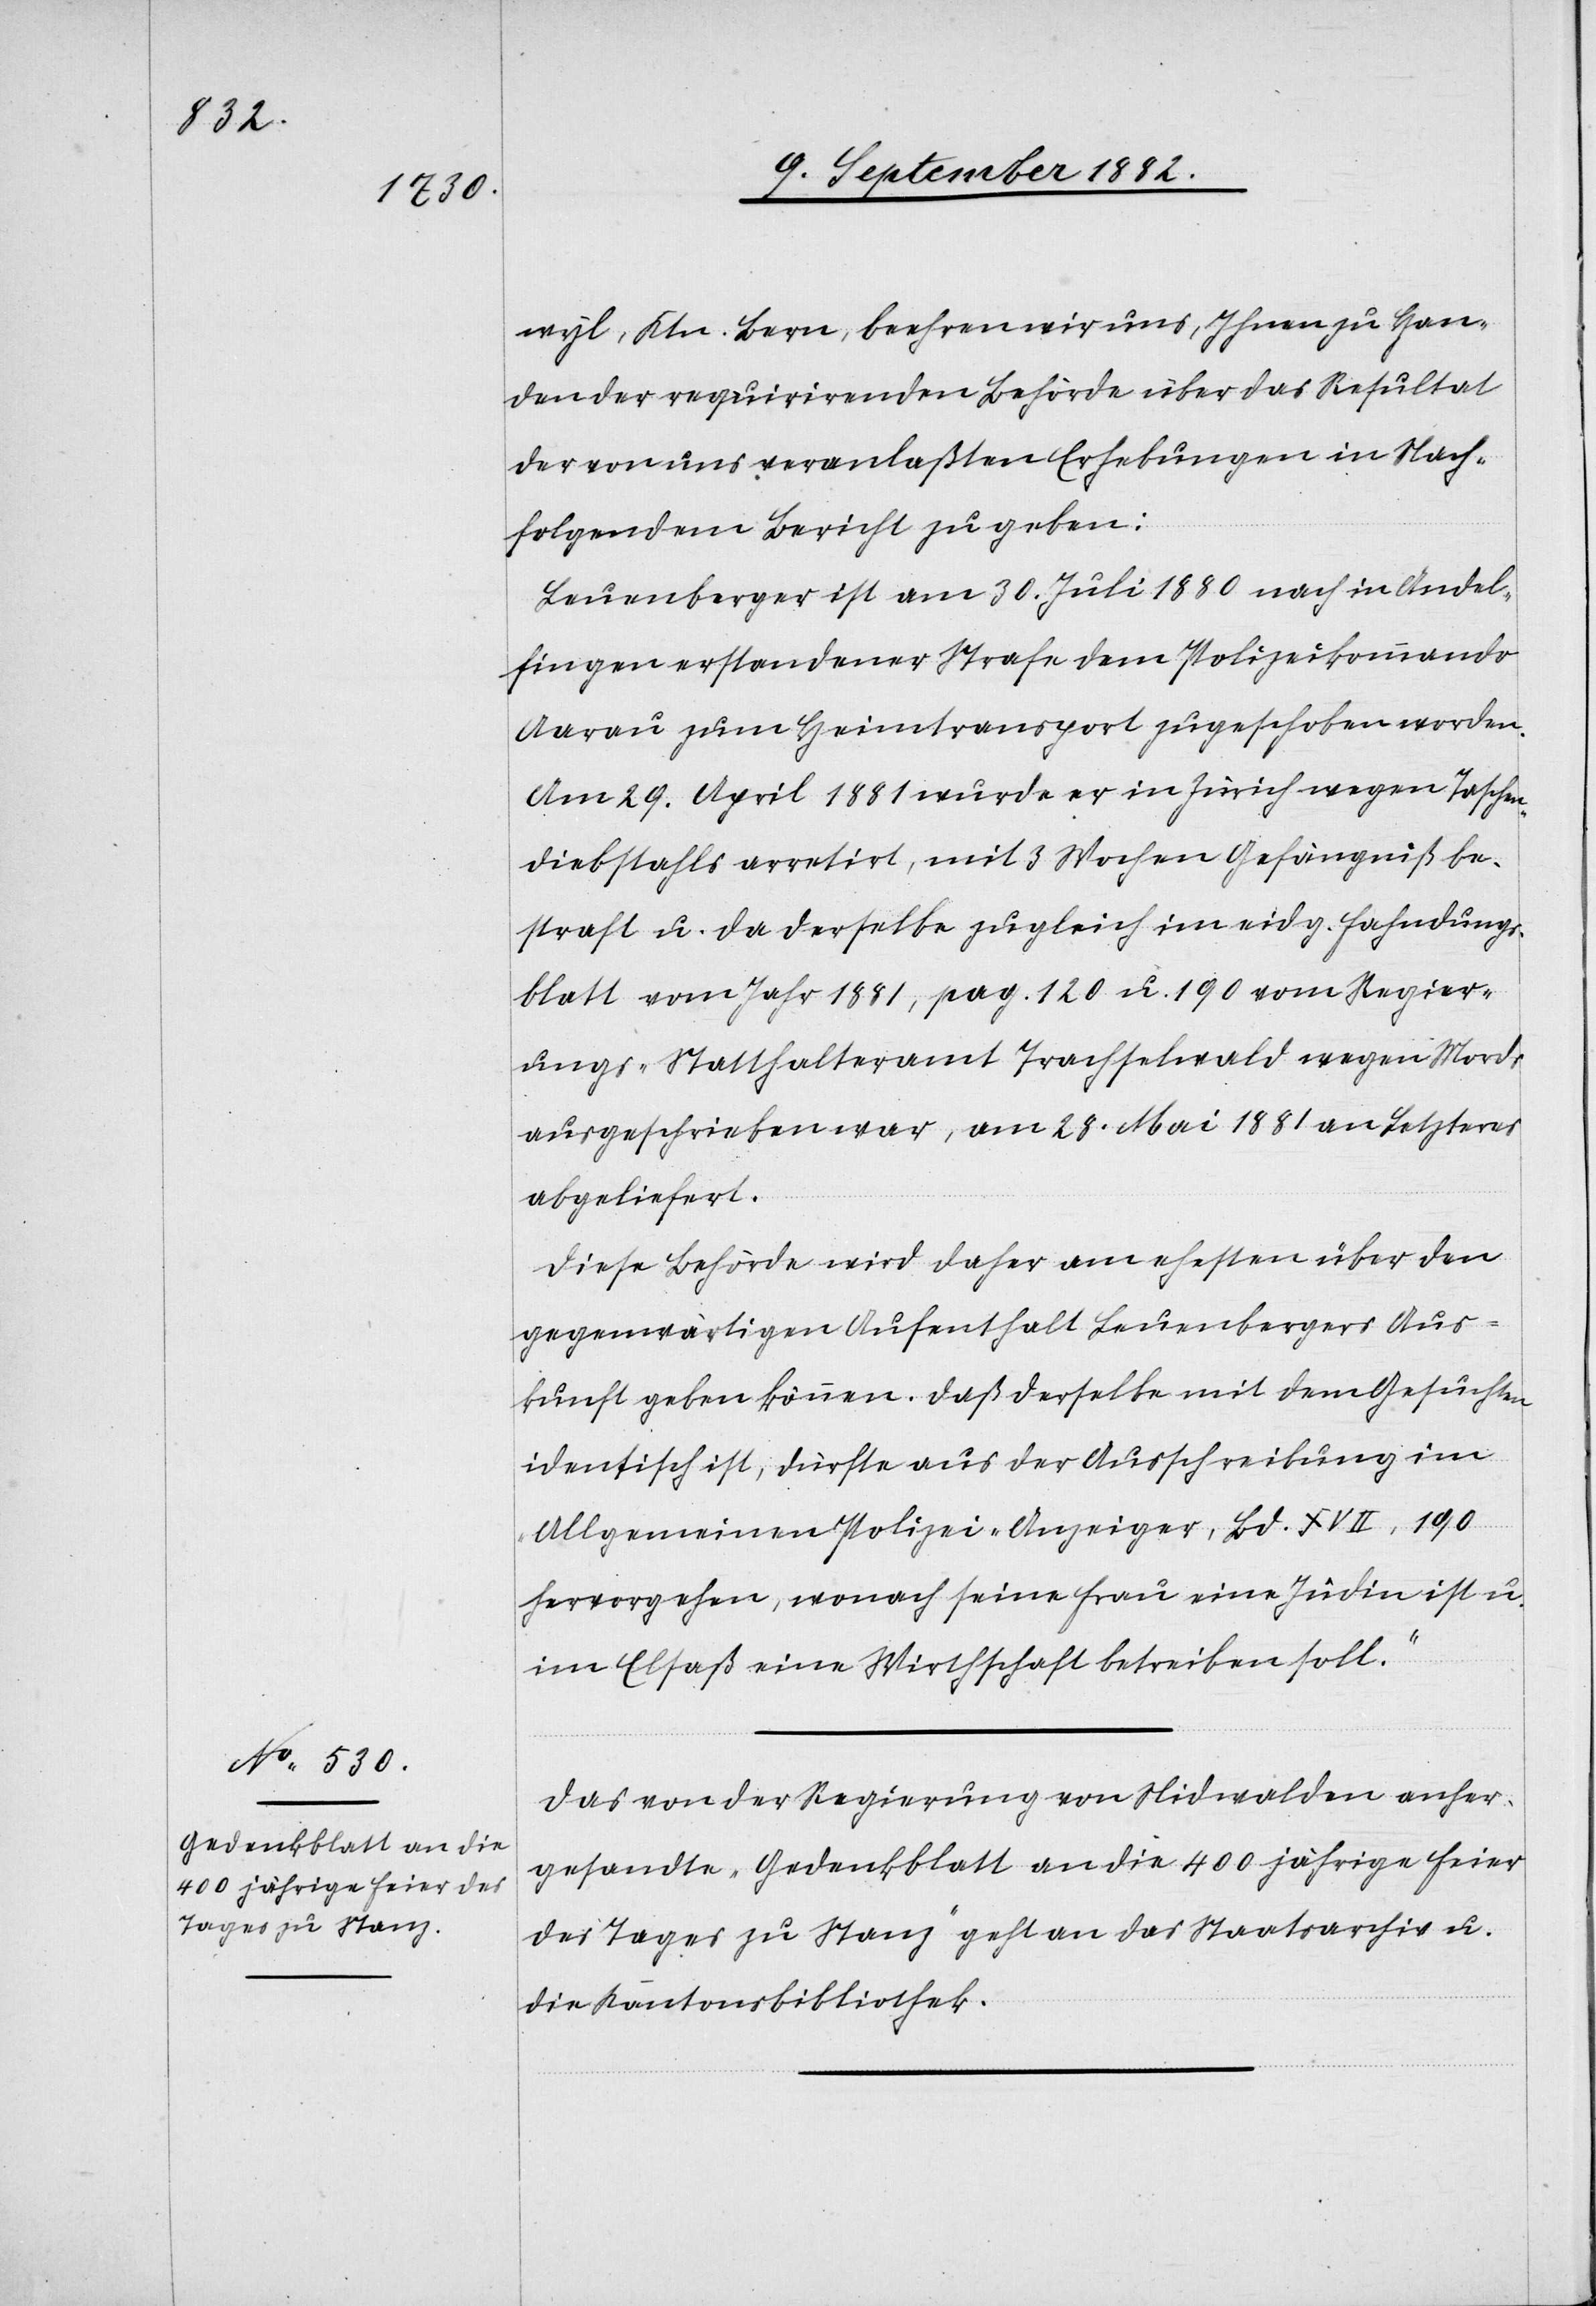
13. September 1882.]
wyl, Ktn. Bern, beehren wir uns, Ihnen zu Han¬
den der requirirenden Behörde über das Resultat
der von uns veranlaßten Erhebungen in Nach¬
folgendem Bericht zu geben:
Leuenberger ist am 30. Juli 1880 nach in Andel¬
fingen erstandener Strafe dem Polizeikommando
Aarau zum Heimtransport zugeschoben worden.
Am 29. April 1881 wurde er in Zürich wegen Taschen¬
diebstahls arretirt, mit 3 Wochen Gefängniß be¬
straft u. da derselbe zugleich im eidg. Fahndungs¬
blatt vom Jahr 1881, pag. 120 u. 190 vom Regier¬
ungs-Statthalteramt Trachselwald wegen Mords
ausgeschrieben war, am 28. Mai an Letzteres
abgeliefert.
Diese Behörde wird daher am ehesten über den
gegenwärtigen Aufenthalt Leuenbergers Aus¬
kunft geben können. Daß derselbe mit dem Gesuchten
identisch ist, dürfte aus der Ausschreibung im
„Allgemeinen Polizei-Anzeiger“, Bd. XVII, 190
hervorgehen, wonach seine Frau eine Jüdin ist u.
im Elsaß eine Wirthschaft betreiben soll.
Das von der Regierung von Nidwalden anher¬
gesandte „Gedenkblatt an die 400 jährige Feier
des Tages zu Stanz“ geht an das Staatsarchiv u.
die Kantonsbibliothek.